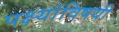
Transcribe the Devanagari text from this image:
पक्ष्यांविषयी